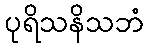
ပုရိသနိသဘံ